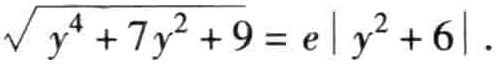
\(\sqrt{y^{4}+7y^{2}+9}=e|y^{2}+6|\)